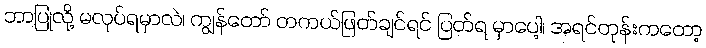
ဘာပြုလို့ မလုပ်ရမှာလဲ၊ ကျွန်တော် တကယ်ဖြတ်ချင်ရင် ပြတ်ရ မှာပေါ့၊ အရင်တုန်းကတော့